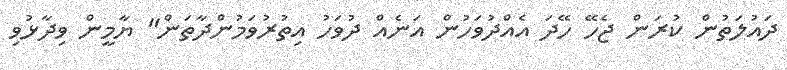
ދައުލަތުން ކުރަން ޖެހޭ ހޭދަ އެއްދުވަހުން އަނެއް ދުވަހު އިތުރުވަމުންދާތަން" ޔާމީން ވިދާޅުވި